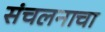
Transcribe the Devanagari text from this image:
संचलनाचा